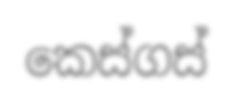
කෙස්ගස්